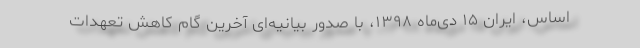
اساس، ایران ۱۵ دی‌ماه ۱۳۹۸، با صدور بیانیه‌ای آخرین گام کاهش تعهدات